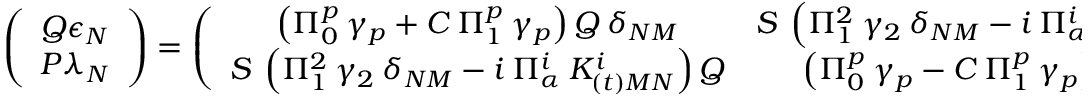
\left( \begin{array} { c } { { Q \epsilon _ { N } } } \\ { { P \lambda _ { N } } } \end{array} \right) = \left( \begin{array} { c c } { { \left( \Pi _ { 0 } ^ { p } \: \gamma _ { p } + C \: \Pi _ { 1 } ^ { p } \: \gamma _ { p } \right) Q \: \delta _ { N M } } } & { { S \: \left( \Pi _ { 1 } ^ { 2 } \: \gamma _ { 2 } \: \delta _ { N M } - i \: \Pi _ { \alpha } ^ { i } \: K _ { ( t ) M N } ^ { i } \right) P } } \\ { { S \: \left( \Pi _ { 1 } ^ { 2 } \: \gamma _ { 2 } \: \delta _ { N M } - i \: \Pi _ { \alpha } ^ { i } \: K _ { ( t ) M N } ^ { i } \right) Q } } & { { \left( \Pi _ { 0 } ^ { p } \: \gamma _ { p } - C \: \Pi _ { 1 } ^ { p } \: \gamma _ { p } \right) P \: \delta _ { N M } } } \end{array} \right) \left( \begin{array} { c } { { P \kappa _ { M 0 } } } \\ { { Q \lambda _ { M 0 } } } \end{array} \right)